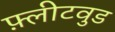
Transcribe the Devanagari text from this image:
फ़्लीटवुड